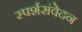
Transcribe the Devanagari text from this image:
स्पर्शसंवेदन